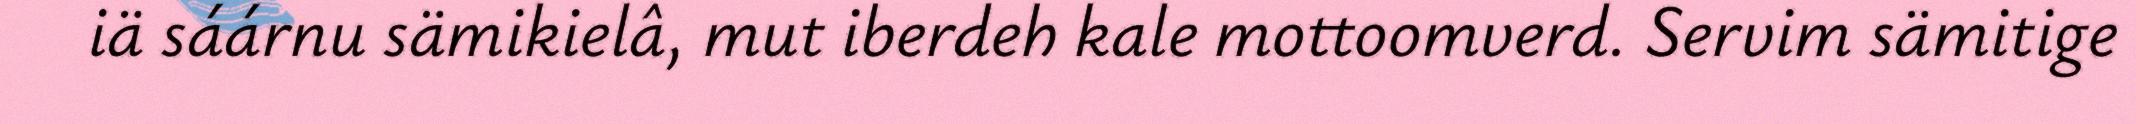
iä sáárnu sämikielâ, mut iberdeh kale mottoomverd. Servim sämitige